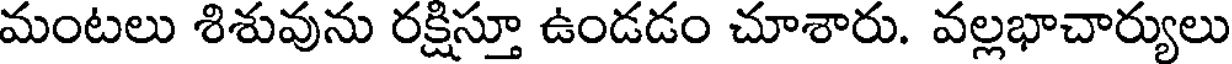
మంటలు శిశువును రక్షిస్తూ ఉండడం చూశారు. వల్లభాచార్యులు